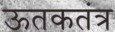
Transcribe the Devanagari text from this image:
ऊतकतंत्र